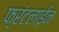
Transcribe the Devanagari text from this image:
फ़्रंटलाईन